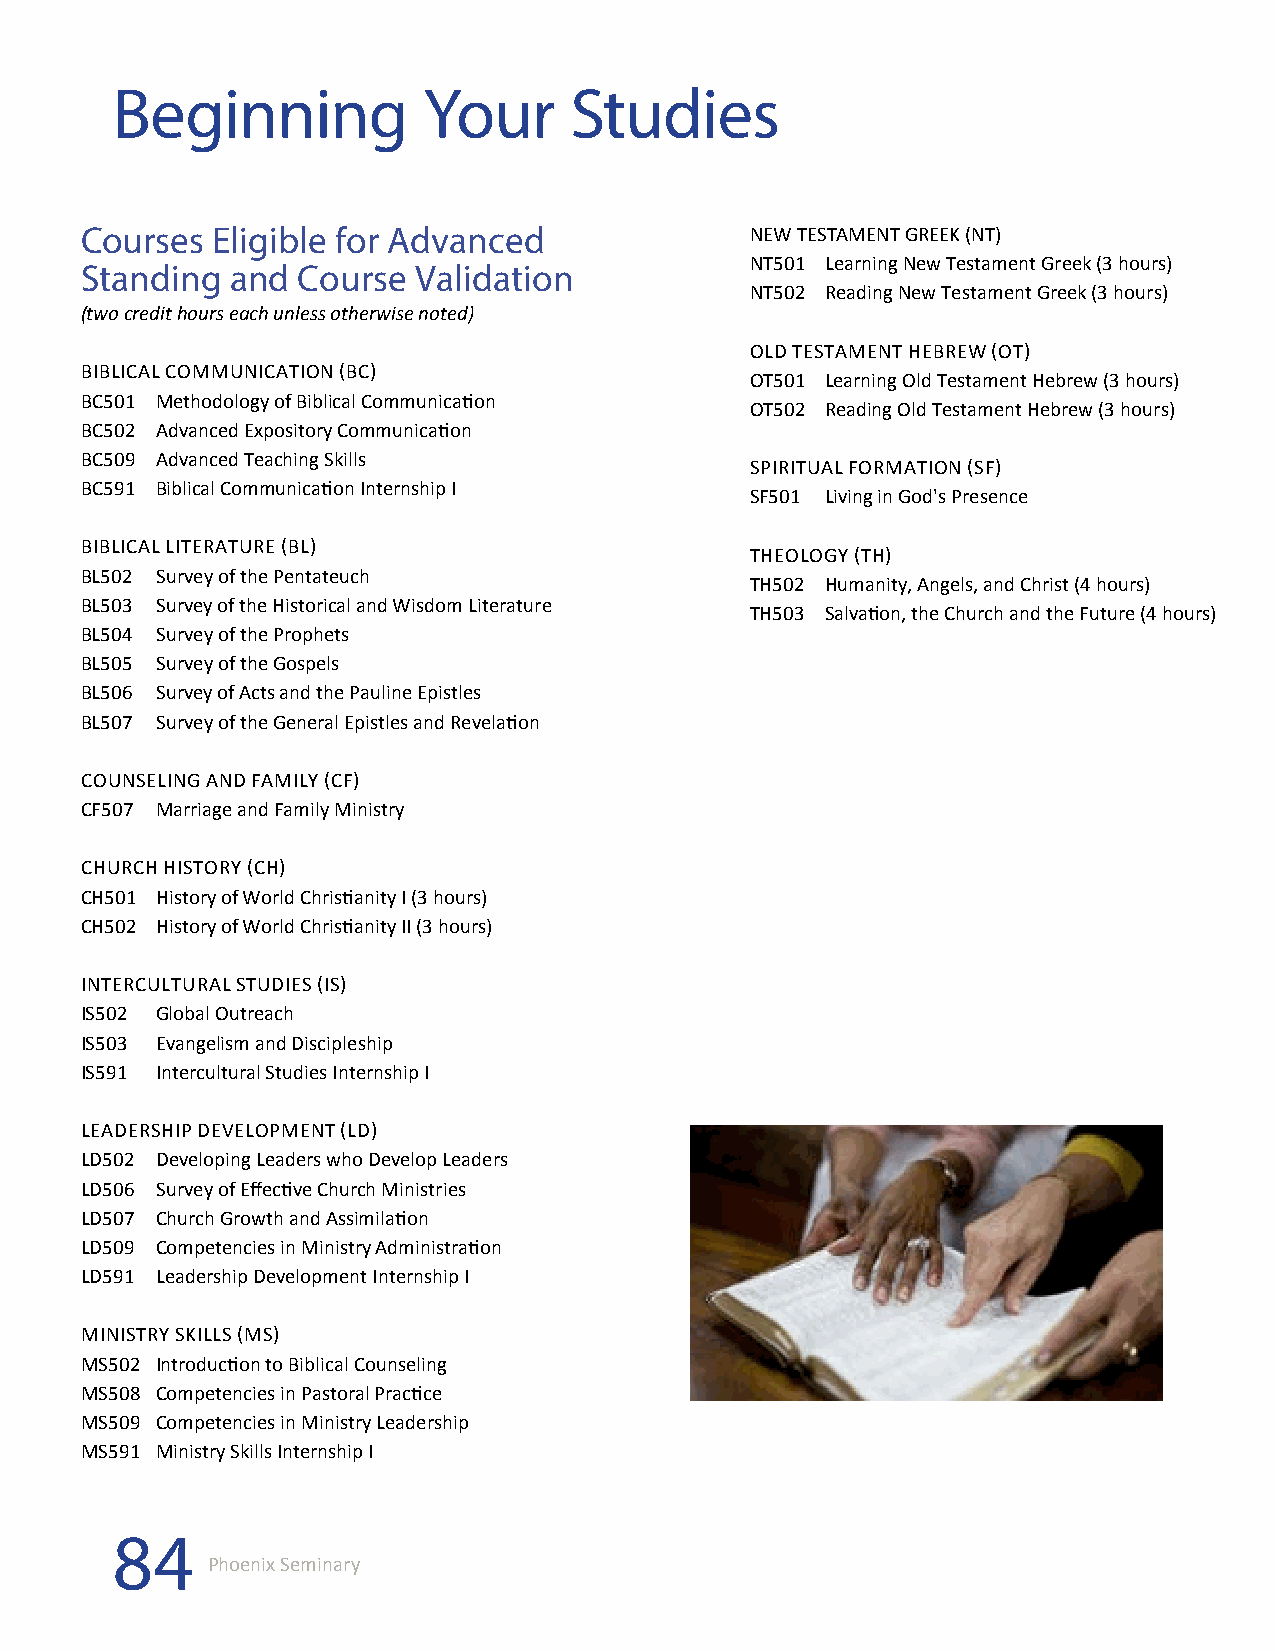
Beginning            Your      Studies
 Courses  Eligible for Advanced               NEW TESTAMENT GREEK (NT)
 NT501 Learning New Testament Greek (3 hours)
 Standing  and  Course Validation
 NT502 Reading New Testament Greek (3 hours)
 (two credit hours each unless otherwise noted)
 OLD TESTAMENT HEBREW (OT)
 BIBLICAL COMMUNICATION (BC)
 OT501 Learning Old Testament Hebrew (3 hours)
 BC501 Methodology of Biblical Communication
 OT502 Reading Old Testament Hebrew (3 hours)
 BC502 Advanced Expository Communication
 BC509 Advanced Teaching Skills
 SPIRITUAL FORMATION (SF)
 BC591 Biblical Communication Internship I
 SF501 Living in God's Presence
 BIBLICAL LITERATURE (BL)
 THEOLOGY (TH)
 BL502 Survey of the Pentateuch
 TH502 Humanity, Angels, and Christ (4 hours)
 BL503 Survey of the Historical and Wisdom Literature
 TH503 Salvation, the Church and the Future (4 hours)
 BL504 Survey of the Prophets
 BL505 Survey of the Gospels
 BL506 Survey of Acts and the Pauline Epistles
 BL507 Survey of the General Epistles and Revelation
 COUNSELING AND FAMILY (CF)
 CF507 Marriage and Family Ministry
 CHURCH HISTORY (CH)
 CH501 History of World Christianity I (3 hours)
 CH502 History of World Christianity II (3 hours)
 INTERCULTURAL STUDIES (IS)
 IS502 Global Outreach
 IS503 Evangelism and Discipleship
 IS591 Intercultural Studies Internship I
 LEADERSHIP DEVELOPMENT (LD)
 LD502 Developing Leaders who Develop Leaders
 LD506 Survey of Effective Church Ministries
 LD507 Church Growth and Assimilation
 LD509 Competencies in Ministry Administration
 LD591 Leadership Development Internship I
 MINISTRY SKILLS (MS)
 MS502 Introduction to Biblical Counseling
 MS508 Competencies in Pastoral Practice
 MS509 Competencies in Ministry Leadership
 MS591 Ministry Skills Internship I
 84
 Phoenix Seminary